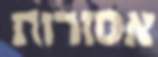
אסורות